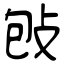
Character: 𢼌